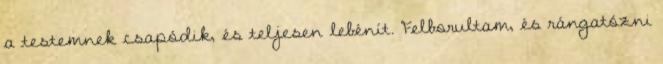
a testemnek csapódik, és teljesen lebénít. Felborultam, és rángatózni